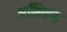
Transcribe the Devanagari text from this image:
अमित्रत्त्व